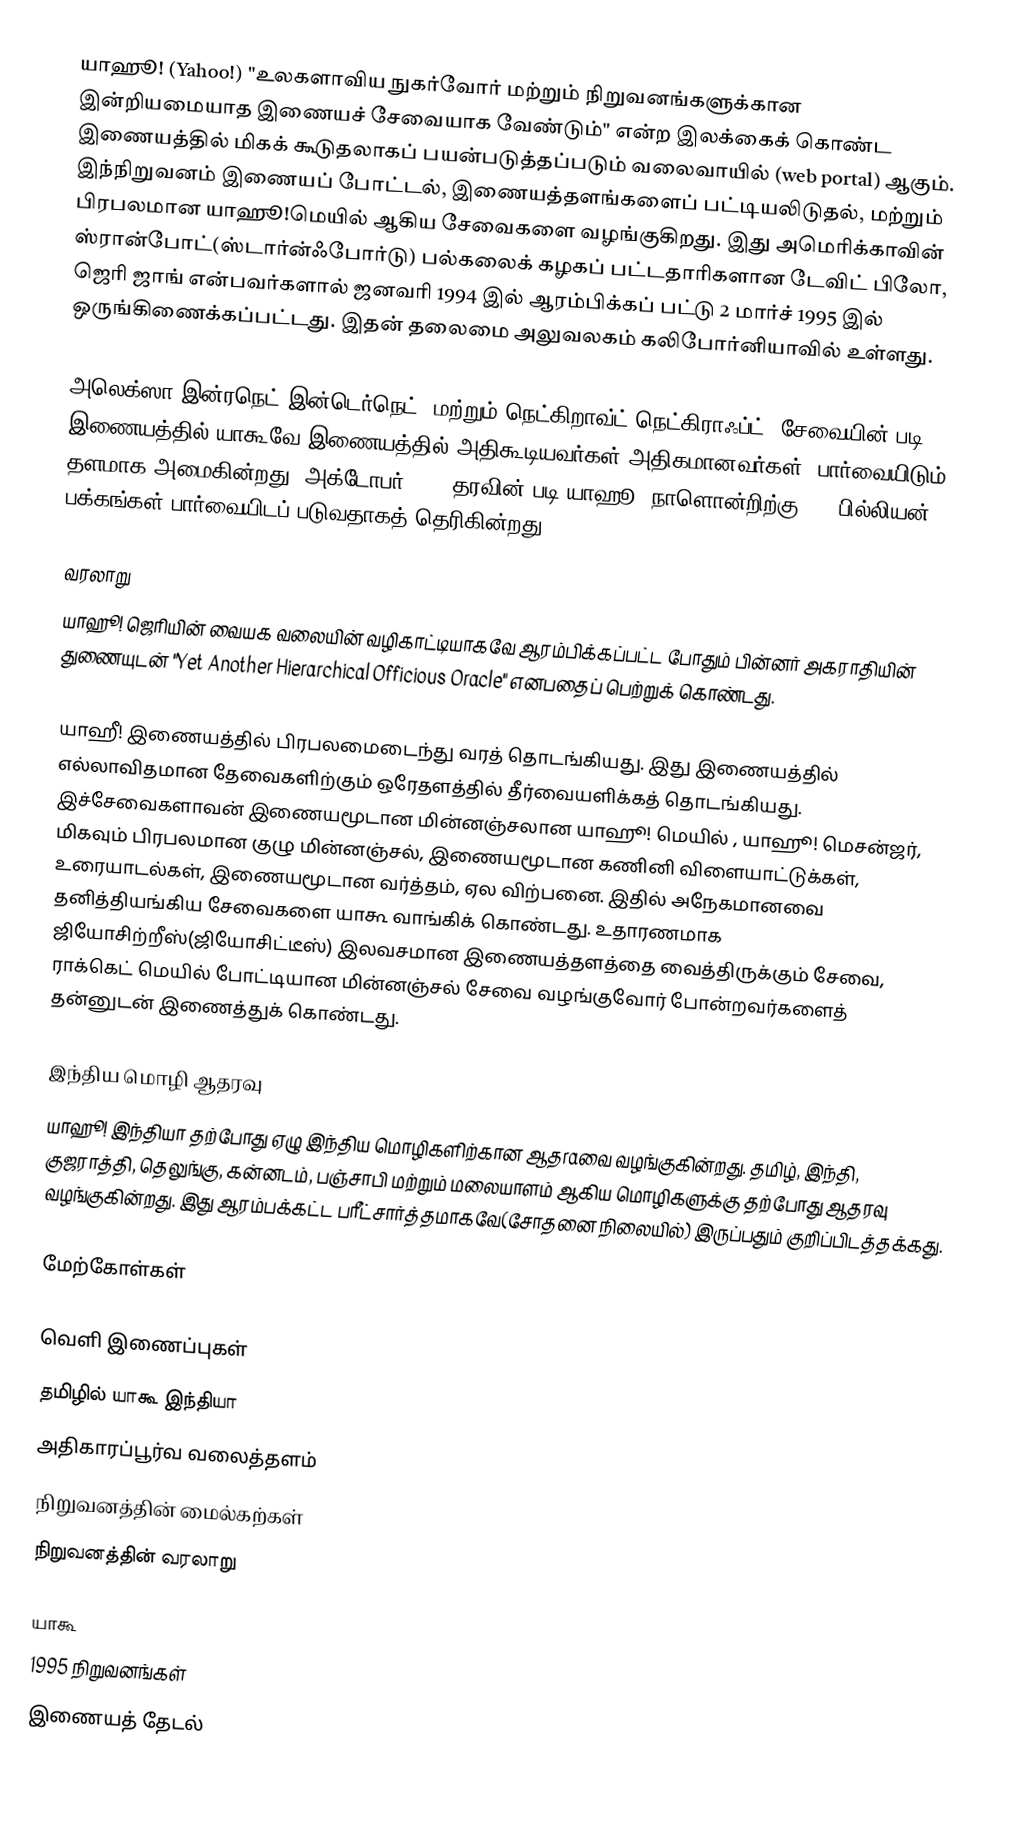
யாஹூ! (Yahoo!) "உலகளாவிய நுகர்வோர் மற்றும் நிறுவனங்களுக்கான இன்றியமையாத இணையச் சேவையாக வேண்டும்" என்ற இலக்கைக் கொண்ட இணையத்தில் மிகக் கூடுதலாகப் பயன்படுத்தப்படும் வலைவாயில் (web portal) ஆகும். இந்நிறுவனம் இணையப் போட்டல், இணையத்தளங்களைப் பட்டியலிடுதல், மற்றும் பிரபலமான யாஹூ!மெயில் ஆகிய சேவைகளை வழங்குகிறது. இது அமெரிக்காவின் ஸ்ரான்போட்(ஸ்டார்ன்ஃபோர்டு) பல்கலைக் கழகப் பட்டதாரிகளான டேவிட் பிலோ, ஜெரி ஜாங் என்பவர்களால் ஜனவரி 1994 இல் ஆரம்பிக்கப் பட்டு 2 மார்ச் 1995 இல் ஒருங்கிணைக்கப்பட்டது. இதன் தலைமை அலுவலகம் கலிபோர்னியாவில் உள்ளது.

அலெக்ஸா இன்ரநெட்(இன்டெர்நெட்) மற்றும் நெட்கிறாவ்ட்(நெட்கிராஃப்ட்) சேவையின் படி இணையத்தில் யாகூவே இணையத்தில் அதிகூடியவர்கள்(அதிகமானவர்கள்) பார்வையிடும் தளமாக அமைகின்றது. அக்டோபர் 2005 தரவின் படி யாஹூ! நாளொன்றிற்கு 3.5 பில்லியன் பக்கங்கள் பார்வையிடப் படுவதாகத் தெரிகின்றது.

வரலாறு
யாஹூ! ஜெரியின் வையக வலையின் வழிகாட்டியாகவே ஆரம்பிக்கப்பட்ட போதும் பின்னர் அகராதியின் துணையுடன் "Yet Another Hierarchical Officious Oracle" எனபதைப் பெற்றுக் கொண்டது.

யாஹீ! இணையத்தில் பிரபலமைடைந்து வரத் தொடங்கியது. இது இணையத்தில் எல்லாவிதமான தேவைகளிற்கும் ஒரேதளத்தில் தீர்வையளிக்கத் தொடங்கியது. இச்சேவைகளாவன் இணையமூடான மின்னஞ்சலான யாஹூ! மெயில் , யாஹூ! மெசன்ஜர், மிகவும் பிரபலமான குழு மின்னஞ்சல், இணையமூடான கணினி விளையாட்டுக்கள், உரையாடல்கள், இணையமூடான வர்த்தம், ஏல விற்பனை. இதில் அநேகமானவை தனித்தியங்கிய சேவைகளை யாகூ வாங்கிக் கொண்டது. உதாரணமாக ஜியோசிற்றீஸ்(ஜியோசிட்டீஸ்) இலவசமான இணையத்தளத்தை வைத்திருக்கும் சேவை, ராக்கெட் மெயில் போட்டியான மின்னஞ்சல் சேவை வழங்குவோர் போன்றவர்களைத் தன்னுடன் இணைத்துக் கொண்டது.

இந்திய மொழி ஆதரவு
யாஹூ! இந்தியா தற்போது ஏழு இந்திய மொழிகளிற்கான ஆதraவை வழங்குகின்றது. தமிழ், இந்தி, குஜராத்தி, தெலுங்கு, கன்னடம், பஞ்சாபி மற்றும் மலையாளம் ஆகிய மொழிகளுக்கு தற்போது ஆதரவு வழங்குகின்றது. இது ஆரம்பக்கட்ட பரீட்சார்த்தமாகவே(சோதனை நிலையில்) இருப்பதும் குறிப்பிடத்தக்கது.

மேற்கோள்கள்

வெளி இணைப்புகள்
 தமிழில் யாகூ இந்தியா
 அதிகாரப்பூர்வ வலைத்தளம்
 நிறுவனத்தின் மைல்கற்கள்
 நிறுவனத்தின் வரலாறு

யாகூ
1995 நிறுவனங்கள்
இணையத் தேடல்